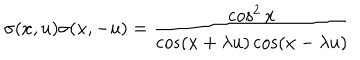
\sigma ( x , u ) \sigma ( x , - u ) = \frac { \cos ^ { 2 } x } { \cos ( x + \lambda u ) \cos ( x - \lambda u ) }